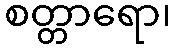
စတ္တာရော၊